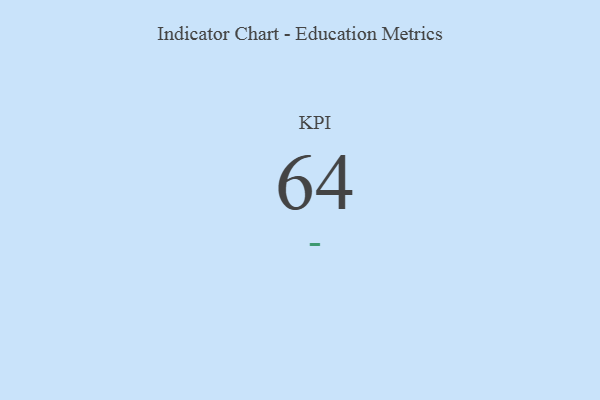
{"axis": {"x": "KPI", "y": "Value"}, "legend": [""], "data": [{"x": "KPI", "y": 64, "type": ""}]}